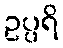
ဥပ္ပရိ